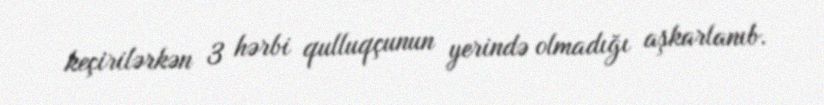
keçirilərkən 3 hərbi qulluqçunun yerində olmadığı aşkarlanıb.